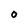
Character: O